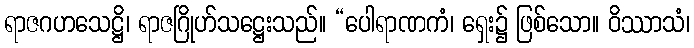
ရာဇဂဟသေဋ္ဌိ၊ ရာဇဂြိုဟ်သဋ္ဌေးသည်။ “ပေါရာဏကံ၊ ရှေး၌ ဖြစ်သော။ ဝိဿာသံ၊